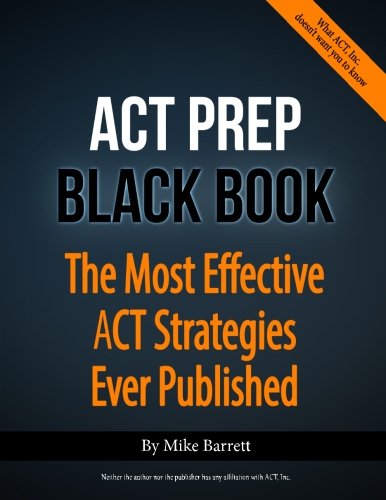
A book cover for ACT Prep Black Book: The Most Effective ACT Strategies Ever Published; Mike Barrett; Test Preparation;